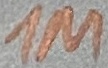
Text: 1M